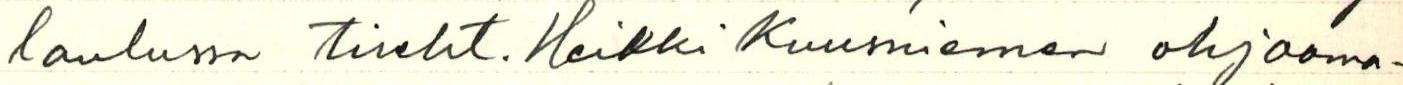
laulussa tireht. Heikki Kuusniemen ohjaama-